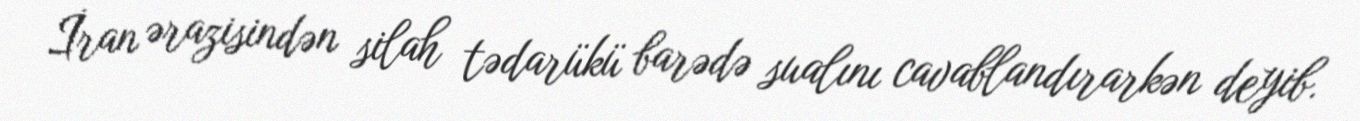
İran ərazisindən silah tədarükü barədə sualını cavablandırarkən deyib.